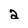
Character: 2